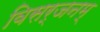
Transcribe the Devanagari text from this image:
विसर्जनम्